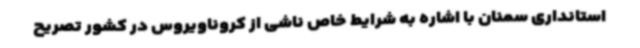
استانداری سمنان با اشاره به شرایط خاص ناشی از کروناویروس در کشور تصریح